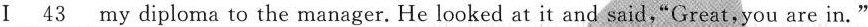
Ⅰ_\underline{43} my diploma to the manager. He looked at it and said,"Great,you are in."